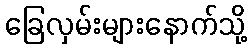
ခြေလှမ်းများနောက်သို့